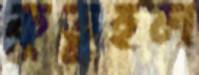
কুতুহল